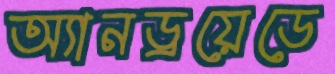
অ্যানড্রয়েডে